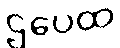
ဌပေထ